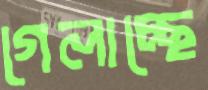
গেলাচ্ছে